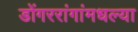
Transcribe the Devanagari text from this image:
डोंगररांगांमधल्या